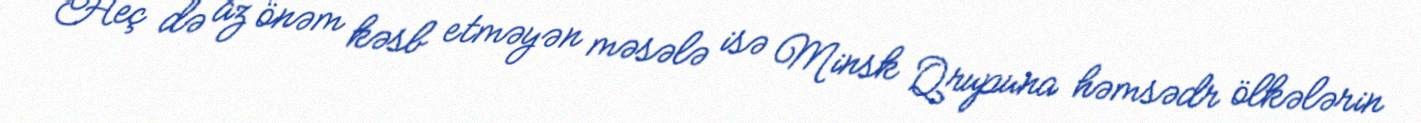
Heç də az önəm kəsb etməyən məsələ isə Minsk Qrupuna həmsədr ölkələrin